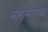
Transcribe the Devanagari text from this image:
मागोमागच्या